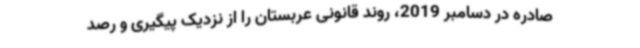
صادره در دسامبر 2019، روند قانونی عربستان را از نزدیک پیگیری و رصد